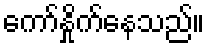
ကော်နှိုက်နေသည်။